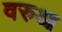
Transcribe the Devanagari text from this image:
वरुआ